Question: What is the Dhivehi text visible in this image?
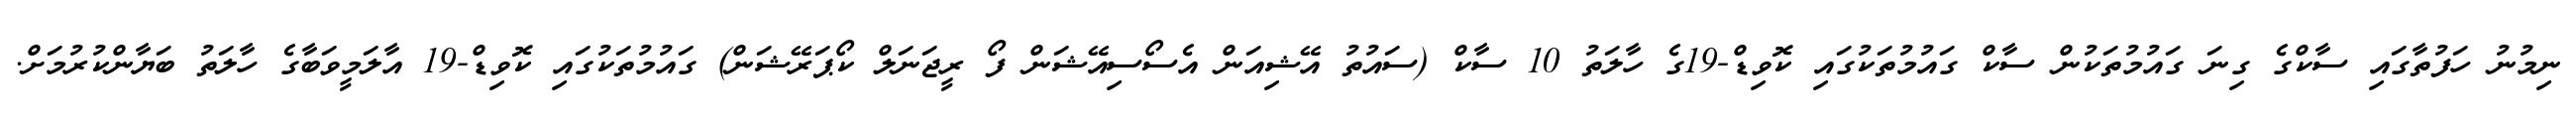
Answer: ނިމުނު ހަފުތާގައި ސާކްގެ ގިނަ ގައުމުތަކުން ސާކް ގައުމުތަކުގައި ކޮވިޑް-19ގެ ހާލަތު 10 ސާކް (ސައުތު އޭޝިއަން އެސޯސިއޭޝަން ފޯ ރީޖަނަލް ކޯޕަރޭޝަން) ގައުމުތަކުގައި ކޮވިޑް-19 އާލަމީވަބާގެ ހާލަތު ބަޔާންކުރުމަށް.